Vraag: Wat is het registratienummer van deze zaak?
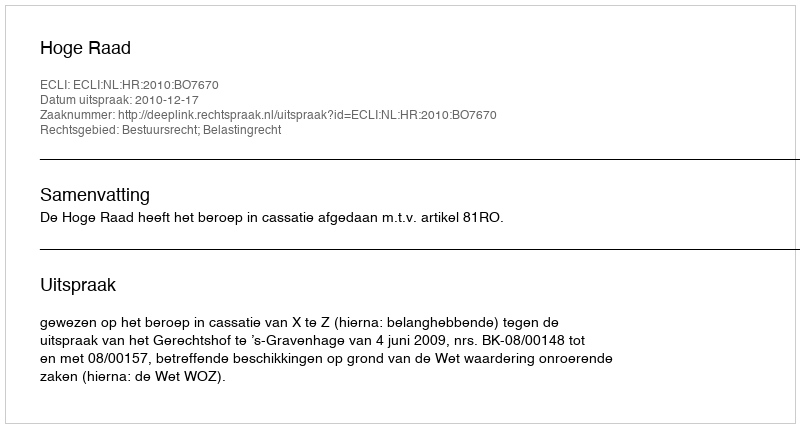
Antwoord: http://deeplink.rechtspraak.nl/uitspraak?id=ECLI:NL:HR:2010:BO7670